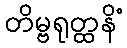
တိမ္ဗရုတ္ထနိံ